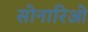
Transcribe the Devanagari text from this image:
सोनारिओ